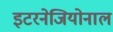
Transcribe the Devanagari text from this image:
इटरनेजियोनाल